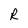
Character: R